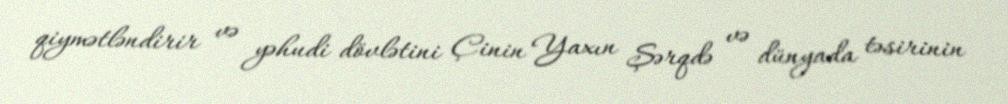
qiymətləndirir və yəhudi dövlətini Çinin Yaxın Şərqdə və dünyada təsirinin